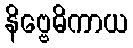
နိဗ္ဗေဓိကာယ